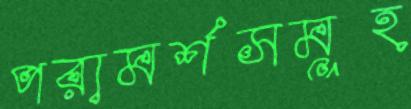
পরামর্শসমূহ